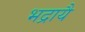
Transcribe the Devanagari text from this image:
भद्रायै